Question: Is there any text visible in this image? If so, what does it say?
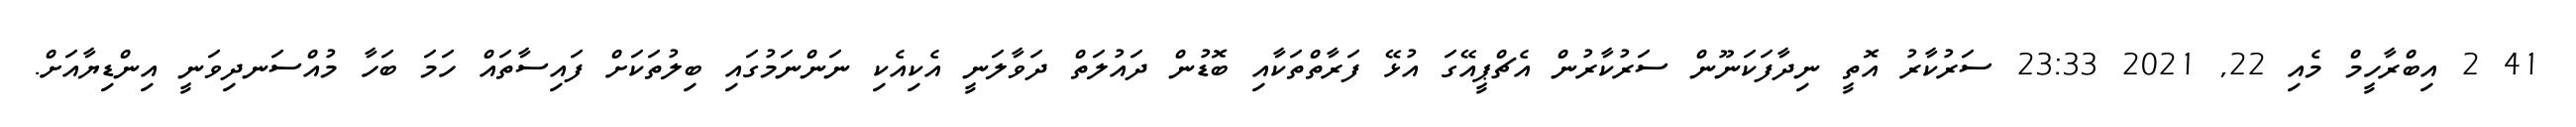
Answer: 41 2 އިބްރާހީމް މެއި 22, 2021 23:33 ސަރުކާރު އޮތީ ނިދާފަކަނޫން ސަރުކާރުން އެޗްޕީއޭގަ އުޅޭ ފަރާތްތަކާއި ބޮޑުން ދައުލަތް ދަވާލަނީ އެކިއެކި ނަންނަމުގައި ބިލުތަކަށް ފައިސާތައް ހަމަ ބަހާ މުއްސަނދިވަނީ އިންޑިޔާއަށް.